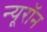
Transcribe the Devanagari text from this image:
न्‍यूरॉन